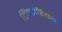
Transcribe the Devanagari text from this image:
टिंक्टोरियस